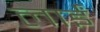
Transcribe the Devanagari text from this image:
लाईं